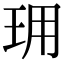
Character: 𤤪